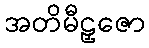
အတိမီဠှဇော